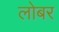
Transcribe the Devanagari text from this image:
लोबर